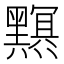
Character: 𤒭